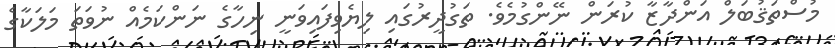
މުސްތަޤުބަލް އަންދާޒާ ކުރަން ނޭންގުމެވެ. ތަގުދީރުގައި ލިޔެވިފައިވަނީ ނިހާގެ ނަންކަމެއް ނުވަތަ މަލަކާގެ